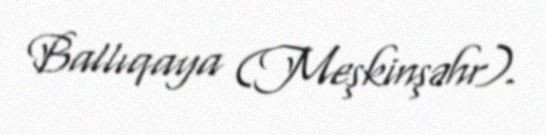
Ballıqaya (Meşkinşəhr).